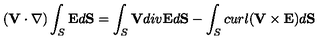
( { \bf V } \cdot \nabla ) \int _ { S } { \bf E } d { \bf S } = \int _ { S } { \bf V } d i v { \bf E } d { \bf S } - \int _ { S } c u r l ( { \bf V } \times { \bf E } ) d { \bf S }